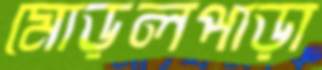
মোড়লপাড়া